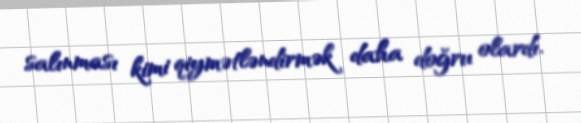
salınması kimi qiymətləndirmək daha doğru olardı.